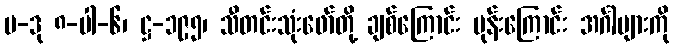
ပ-ဒု ၈-ပါ-၆၊ ဋ္ဌ-၁၉၅၊ သီတင်းသုံးဖော်တို့ ချစ်ကြောင်း မုန်းကြောင်း အင်္ဂါများကို